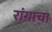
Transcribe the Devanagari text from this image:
रांगाचा